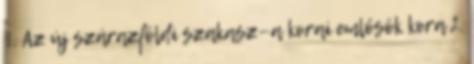
1. Az új szárazföldi szakasz—a korai emlősök kora 2.